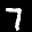
Label: 7